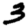
Digit: 3